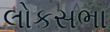
લોકસભા